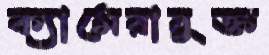
ক্যামেরাযুক্ত